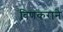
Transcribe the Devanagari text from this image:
विणकराने